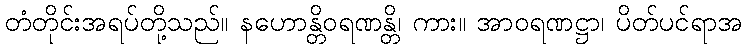
တံတိုင်းအရပ်တို့သည်။ နဟောန္တိဝရဏန္တိ၊ ကား။ အာဝရဏဋ္ဌာ၊ ပိတ်ပင်ရာအ